Annual administration and progress report of the Indian Medical Department, Bombay
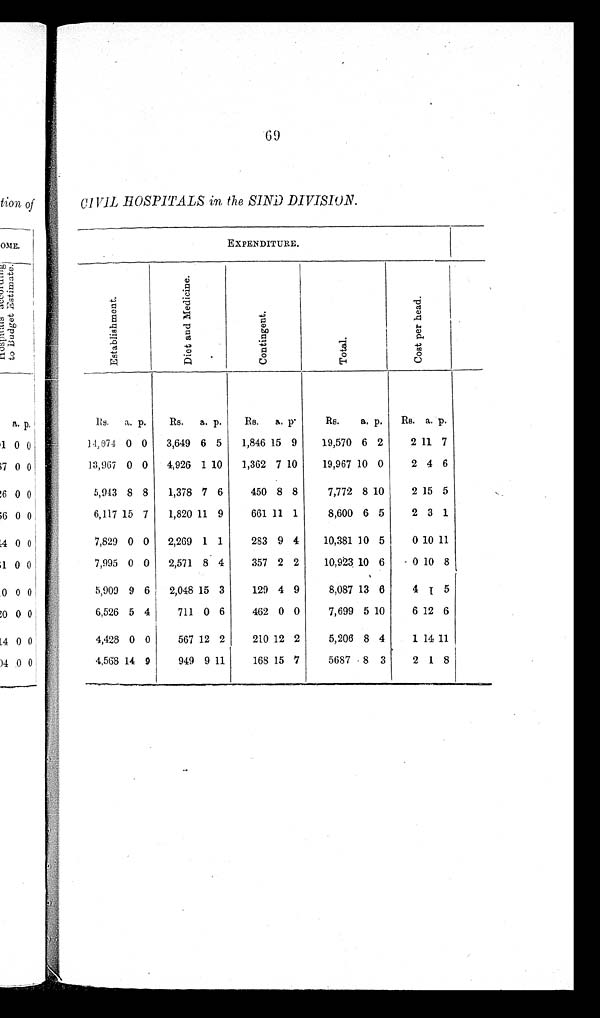
69
CIVIL HOSPITALS in the SIND DIVISION.
EXPENDITURE.
E s t a b l i s h m e n t .
D i e t a n d M e d i c i n e .
C o n t i n g e n t .
T o t a l .
C o s t p e r h e a d .
Rs. a. p. Rs. a. p. Rs. a. p.
Rs. a. p. Rs. a. p.
14,074 0 0 3,649 6 5 1,846 15 9 19,570 6 2
2 11 7
13,967 0 0 4,926 1 10 1,362 7 10 19,967 10 0
2 4 6
5,943 8 8 1,378 7 6 450 8 8
7,772 8 10 2 15 5
6,117 15 7 1,820 11 9
661 11 1
8,600 6 5 2 3 1
7,829 0 0 2,269 1 1
283 9 4 10,381 10 5 0 10 11
7,995 0 0 2,571 8 4 357 2 2 10,923 10 6 0 10 8
5,909 9 6 2,048 15 3
129 4 9
8,087 13 6
4 1 5
6,526 5 4
711 0 6 462 0 0
7,699 5 10 6 12 6
4,428 0 0
567 12 2
210 12 2
5,206 8 4
1 14 11
4,568 14 9
949 9 11
168 15 7
5687 8 3 2 1 8